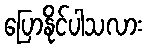
ပြောနိုင်ပါသလား